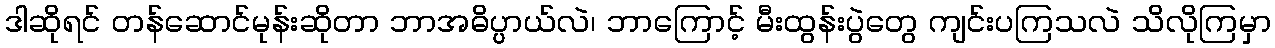
ဒါဆိုရင် တန်ဆောင်မုန်းဆိုတာ ဘာအဓိပ္ပ္ပာယ်လဲ၊ ဘာကြောင့် မီးထွန်းပွဲတွေ ကျင်းပကြသလဲ သိလိုကြမှာ